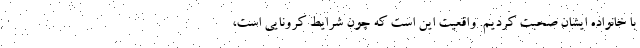
با خانواده ایشان صحبت کردیم. واقعیت این است که چون شرایط کرونایی است،